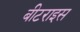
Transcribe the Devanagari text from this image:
बीटराइस